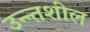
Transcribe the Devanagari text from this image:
उन्न्तशील